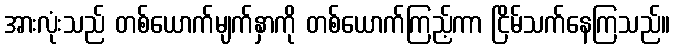
အားလုံးသည် တစ်ယောက်မျက်နှာကို တစ်ယောက်ကြည့်ကာ ငြိမ်သက်နေကြသည်။